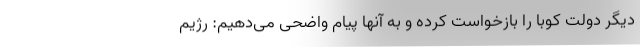
دیگر دولت کوبا را بازخواست کرده و به آنها پیام واضحی می‌دهیم: رژیم